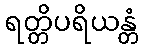
ရတ္တိပရိယန္တံ